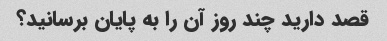
قصد دارید چند روز آن را به پایان برسانید؟